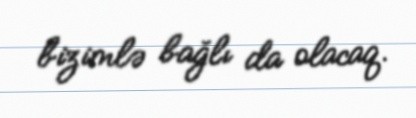
bizimlə bağlı da olacaq.